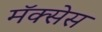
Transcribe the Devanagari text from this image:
मॅक्सेस